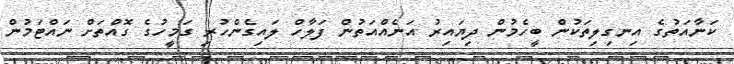
ކަނާއަތުގެ އިނގިލިތަކުން ބީހެމުން ދިޔައިރު އަނެއްއަތުން ފަލާހް ލައިގެންހުރި ގަމީހުގެ ގޮއްތަށް ނައްޓަމުން